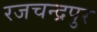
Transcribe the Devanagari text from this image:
रजचन्द्रपुर